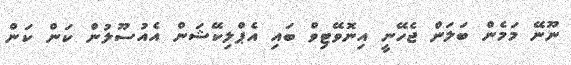
ނޫނޭ މަމެން ބަލަން ޖެހޭނީ އިނޮވޭޓިވް ބައި އެޕްލިކޭޝަން އެއުސޫލުން ކަން ކަން